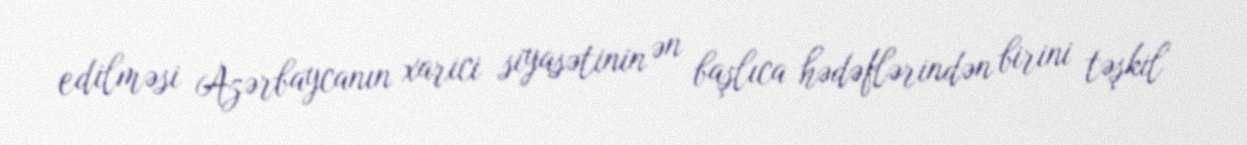
edilməsi Azərbaycanın xarici siyasətinin ən başlıca hədəflərindən birini təşkil